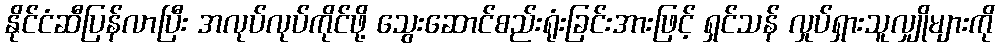
နိုင်ငံဆီပြန်လာပြီး အလုပ်လုပ်ကိုင်ဖို့ သွေးဆောင်စည်းရုံးခြင်းအားဖြင့် ရှင်သန် လှုပ်ရှားသူလျှိုများကို